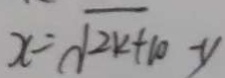
x = \sqrt { 2 k + 1 0 } - y